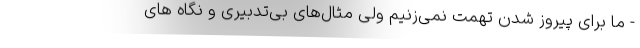
- ما برای پیروز شدن تهمت نمی‌زنیم ولی مثال‌های بی‌تدبیری و نگاه های